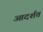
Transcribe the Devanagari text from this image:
आदर्शत